Report of the Bombay Veterinary College
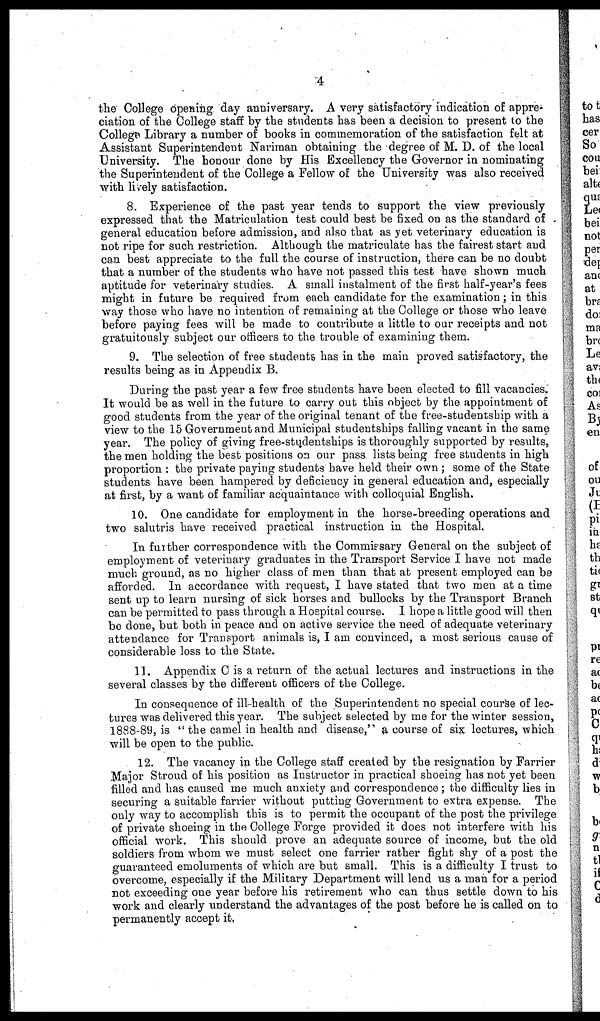
4
the College openingday anniversary. A very satisfactory indication of appre-
ciation of the College staff by the students has been a decision to present to the
College Library a number of books in commemoration of the satisfaction felt at
Assistant Superintendent Nariman obtaining the degree of M. D. of the local
University. The honour done by His Excellency the Governor in nominating
the Superintendent of the College a Fellow of the University was also received
with lively satisfaction.
8. Experience of the past year tends to support the view previously
expressed that the Matriculation test could best be fixed on as the standard of
general education before admission, and also that as yet veterinary education is
not ripe for such restriction. Although the matriculate has the fairest start and
can best appreciate to the full the course of instruction, there can be no doubt
that a number of the students who have not passed this test have shown much
aptitude for veterinary studies. A small instalment of the first half-year's fees
might in future be required from each candidate for the examination; in this
way those who have no intention of remaining at the College or those who leave
before paying fees will be made to contribute a little to our receipts and not
gratuitously subject our officers to the trouble of examining them.
9. The selection of free students has in the main proved satisfactory, the
results being as in Appendix B.
During the past year a few free students have been elected to fill vacancies.
It would be as well in the future to carry out this object by the appointment of
good students from the year of the original tenant of the free-studentship with a
view to the 15 Government and Municipal studentships falling vacant in the same
year. The policy of giving free-studentships is thoroughly supported by results,
the men holding the best positions on our pass lists being free students in high
proportion : the private paying students have held their own ; some of the State
students have been hampered by deficiency in general education and, especially
at first, by a want of familiar acquaintance with colloquial English.
10. One candidate for employment in the horse-breeding operations and
two salutris have received practical instruction in the Hospital.
In further correspondence with the Commissary General on the subject of
employment of veterinary graduates in the Transport Service I have not made
much ground, as no higher class of men than that at present employed can be
afforded. In accordance with request, I have stated that two men at a time
sent up to learn nursing of sick horses and bullocks by the Transport Branch
can be permitted to pass through a Hospital course. I hope a little good will then
be done, but both in peace and on active service the need of adequate veterinary
attendance for Transport animals is, I am convinced, a most serious cause of
considerable loss to the State.
11. Appendix C is a return of the actual lectures and instructions in the
several classes by the different officers of the College.
In consequence of ill-health of the Superintendent no special course of lec-
tures was delivered this year. The subject selected by me for the winter session,
1888-89, is " the camel in health and disease," a course of six lectures, which
will be open to the public.
12. The vacancy in the College staff created by the resignation by Farrier
Major Stroud of his position as Instructor in practical shoeing has not yet been
filled and has caused me much anxiety and correspondence; the difficulty lies in
securing a suitable farrier without putting Government to extra expense. The
only way to accomplish this is to permit the occupant of the post the privilege
of private shoeing in the College Forge provided it does not interfere with his
official work. This should, prove an adequate source of income, but the old
soldiers from whom we must select one farrier rather fight shy of a post the
guaranteed emoluments of which are but small. This is a difficulty I trust to
overcome, especially if the Military Department will lend us a man for a period
not exceeding one year before his retirement who can thus settle down to his
work and clearly understand the advantages of the post before he is called on to
permanently accept it,